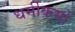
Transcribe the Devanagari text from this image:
धर्मीकर्मा